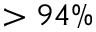
> 9 4 \%